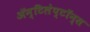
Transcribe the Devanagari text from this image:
ॲन्टिलेप्टॉन्स